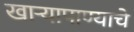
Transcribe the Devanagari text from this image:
खार्‍यापाण्याचे